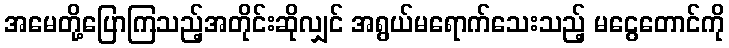
အမေတို့ပြောကြသည့်အတိုင်းဆိုလျှင် အရွယ်မရောက်သေးသည့် မငွေတောင်ကို